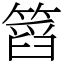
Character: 䈱